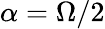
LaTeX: \alpha=\Omega/2